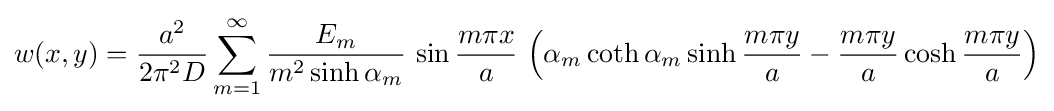
w(x,y)={\frac {a^{2}}{2\pi ^{2}D}}\sum _{m=1}^{\infty }{\frac {E_{m}}{m^{2}\sinh \alpha _{m}}}\,\sin {\frac {m\pi x}{a}}\,\left(\alpha _{m}\coth \alpha _{m}\sinh {\frac {m\pi y}{a}}-{\frac {m\pi y}{a}}\cosh {\frac {m\pi y}{a}}\right)